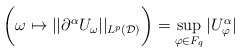
\begin{align*} \bigg(\omega \mapsto ||\partial^{\alpha}U_{\omega}||_{L^p(\mathcal{D})}\bigg) = \sup_{\varphi \in F_q} |U_{\varphi}^{\alpha}|\end{align*}